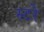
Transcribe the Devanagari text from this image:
स्टरे